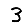
Digit: 3